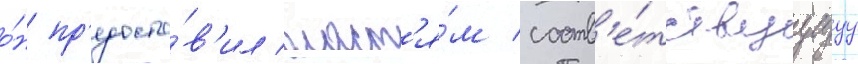
о́н пр'едоста́в'ил власт'я́м соотв'е́тствуущуу